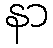
နာ